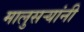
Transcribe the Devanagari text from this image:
मालुसऱ्यांनी